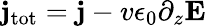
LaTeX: {\mathbf j}_{\mathrm{tot}}={\mathbf j}-v\epsilon_{0}\partial_{z}{\mathbf E}